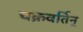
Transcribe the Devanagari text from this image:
चक्रवर्तिन्